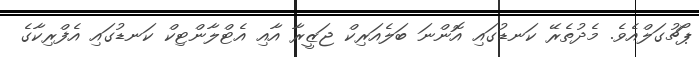
ޕޯޗުގަލްއެވެ. މެދުތެރޭ ކަނޑުގައި އޮންނަ ބަލެއަރިކް ޖަޒީރާ އާއި އެޓްލާންޓިކް ކަނޑުގައި އެފްރިކާގެ